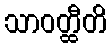
သာဝတ္ထီတိ